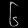
Digit: ၆